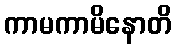
ကာမကာမိနောတိ